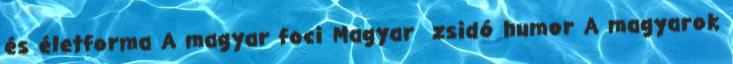
és életforma A magyar foci Magyar zsidó humor A magyarok